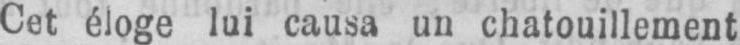
Cet éloge lui causa un chatouillement